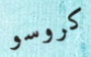
كروسو